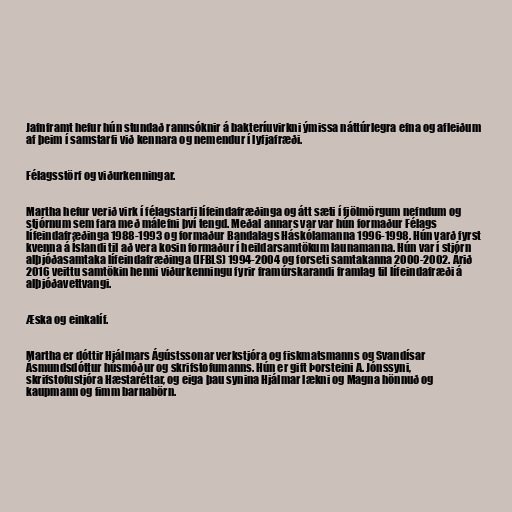
Jafnframt hefur hún stundað rannsóknir á bakteríuvirkni ýmissa náttúrlegra efna og afleiðum
af þeim í samstarfi við kennara og nemendur í lyfjafræði.

Félagsstörf og viðurkenningar.

Martha hefur verið virk í félagstarfi lífeindafræðinga og átt sæti í fjölmörgum nefndum og
stjórnum sem fara með málefni því tengd. Meðal annars var var hún formaður Félags
lífeindafræðinga 1988-1993 og formaður Bandalags Háskólamanna 1996-1998. Hún varð fyrst
kvenna á Íslandi til að vera kosin formaður í heildarsamtökum launamanna. Hún var í stjórn
alþjóðasamtaka lífeindafræðinga (IFBLS) 1994-2004 og forseti samtakanna 2000-2002. Árið
2016 veittu samtökin henni viðurkenningu fyrir framúrskarandi framlag til lífeindafræði á
alþjóðavettvangi.

Æska og einkalíf.

Martha er dóttir Hjálmars Ágústssonar verkstjóra og fiskmatsmanns og Svandísar
Ásmundsdóttur húsmóður og skrifstofumanns. Hún er gift Þorsteini A. Jónssyni,
skrifstofustjóra Hæstaréttar, og eiga þau synina Hjálmar lækni og Magna hönnuð og
kaupmann og fimm barnabörn.